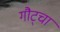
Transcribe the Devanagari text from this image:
गौट्चा